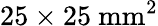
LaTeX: \mathrm{25\times 25~mm^{2}}